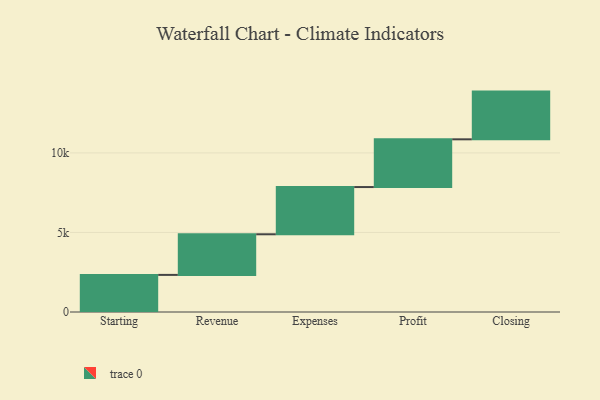
{"axis": {"x": "Step", "y": "Value"}, "legend": [""], "data": [{"x": "Starting", "y": 2332.0, "type": ""}, {"x": "Revenue", "y": 2554.0, "type": ""}, {"x": "Expenses", "y": 2969.0, "type": ""}, {"x": "Profit", "y": 3000, "type": ""}, {"x": "Closing", "y": 3000, "type": ""}]}